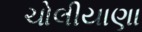
ચોલીયાણા